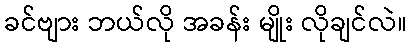
ခင်ဗျား ဘယ်လို အခန်း မျိုး လိုချင်လဲ။